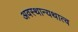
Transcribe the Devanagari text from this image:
अवस्थान्यथात्व